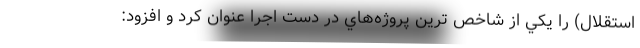
استقلال) را يكي از شاخص ترين پروژه‌هاي در دست اجرا عنوان كرد و افزود: